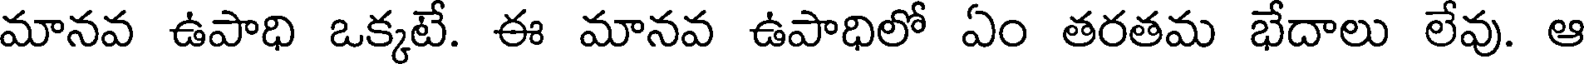
మానవ ఉపాధి ఒక్కటే. ఈ మానవ ఉపాధిలో ఏం తరతమ భేదాలు లేవు. ఆ